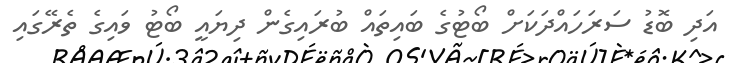
އަދި ބޮޑު ސަރަހައްދަކަށް ބޯޓުގެ ބައިތައް ބުރައިގެން ދިޔައީ ބޯޓު ވައިގެ ތެރޭގައި